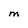
Character: M